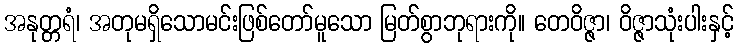
အနုတ္တရံ၊ အတုမရှိသောမင်းဖြစ်တော်မူသော မြတ်စွာဘုရားကို။ တေဝိဇ္ဇာ၊ ဝိဇ္ဇာသုံးပါးနှင့်